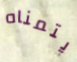
يتمناه